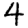
Digit: 4